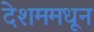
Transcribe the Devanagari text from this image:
देशममधून